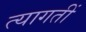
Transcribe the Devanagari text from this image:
त्यागतीं